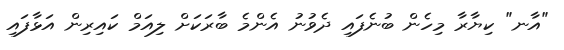
"އާނ" ކިޔާރާ މިހެން ބުނެފައި ދެވުނު އެންމެ ބާރަކަށް ލިއަމް ކައިރިން އަޅާފައި